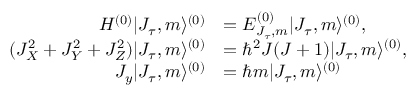
\begin{array} { r l } { H ^ { ( 0 ) } | J _ { \tau } , m \rangle ^ { ( 0 ) } } & { = E _ { J _ { \tau } , m } ^ { ( 0 ) } | J _ { \tau } , m \rangle ^ { ( 0 ) } , } \\ { ( J _ { X } ^ { 2 } + J _ { Y } ^ { 2 } + J _ { Z } ^ { 2 } ) | J _ { \tau } , m \rangle ^ { ( 0 ) } } & { = \hbar ^ { 2 } J ( J + 1 ) | J _ { \tau } , m \rangle ^ { ( 0 ) } , } \\ { J _ { y } | J _ { \tau } , m \rangle ^ { ( 0 ) } } & { = \hbar m | J _ { \tau } , m \rangle ^ { ( 0 ) } } \end{array}